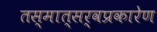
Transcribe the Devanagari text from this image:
तस्मात्सर्वप्रकारेण